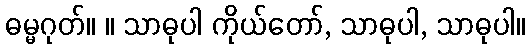
ဓမ္မဂုတ်။ ။ သာဓုပါ ကိုယ်တော်, သာဓုပါ, သာဓုပါ။